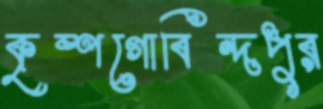
কৃষ্ণগোবিন্দপুর